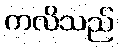
ကလိသည်